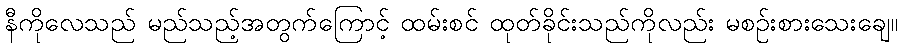
နီကိုလေသည် မည်သည့်အတွက်ကြောင့် ထမ်းစင် ထုတ်ခိုင်းသည်ကိုလည်း မစဉ်းစားသေးချေ။